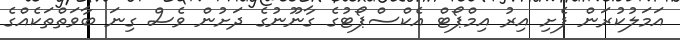
އަމަލުކުރަން ފެށި އިރު އިމްޕޯޓް އެކްސްޕޯޓުގެ ގާނޫނުގެ ދަށުން ވެސް ގިނަ ބާވަތްތަކެއްގެ